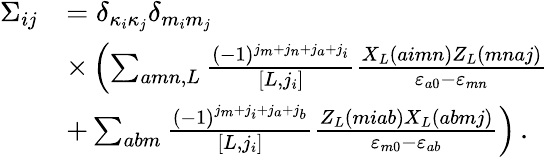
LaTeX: \begin{array}{rl}{\Sigma_{ij}}&{=\delta_{\kappa_{i}\kappa_{j}}\delta_{m_{i}m_{j}}}\\ &{\times\left(\sum_{amn,L}\frac{(-1)^{j_{m}+j_{n}+j_{a}+j_{i}}}{[L,j_{i}]}\frac{X_{L}(aimn)Z_{L}(mnaj)}{\varepsilon_{a0}-\varepsilon_{mn}}\right.}\\ &{+\left.\sum_{abm}\frac{\left(-1\right)^{j_{m}+j_{i}+j_{a}+j_{b}}}{\left[L,j_{i}\right]}\frac{Z_{L}\left(miab\right)X_{L}\left(abmj\right)}{\varepsilon_{m0}-\varepsilon_{ab}}\right)\, .}\end{array}